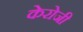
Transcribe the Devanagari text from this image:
केरोजी